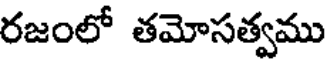
రజంలో తమోసత్వము